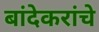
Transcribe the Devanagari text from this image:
बांदेकरांचे